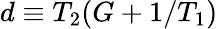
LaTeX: d\equiv T_{2}(G+1/T_{1})